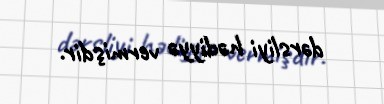
dərsliyi hədiyyə vermişdir.